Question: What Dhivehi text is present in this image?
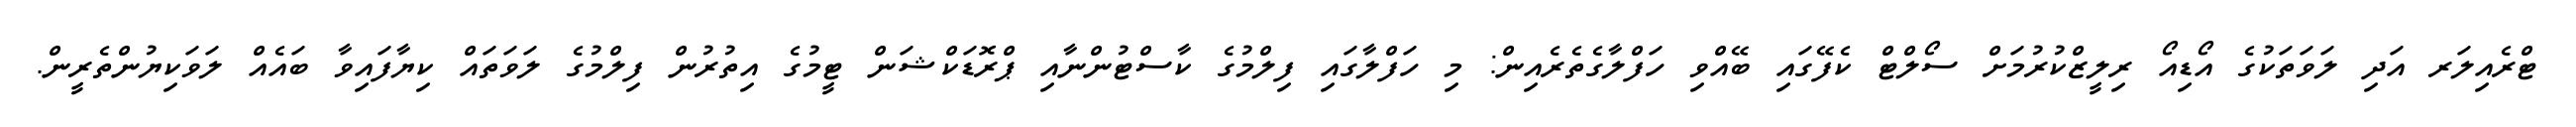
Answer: ޓްރެއިލަރ އަދި ލަވަތަކުގެ އޯޑިއޯ ރިލީޒްކުރުމަށް ސޯލްޓް ކެފޭގައި ބޭއްވި ހަފްލާގެތެރެއިން: މި ހަފްލާގައި ފިލްމުގެ ކާސްޓުންނާއި ޕްރޮޑަކްޝަން ޓީމުގެ އިތުރުން ފިލްމުގެ ލަވަތައް ކިޔާފައިވާ ބައެއް ލަވަކިޔުންތެރީން.